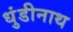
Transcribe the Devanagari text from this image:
धुंडीनाथ